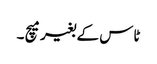
ٹاس کے بغیر میچ ۔